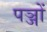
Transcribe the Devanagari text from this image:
पञ्जों